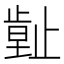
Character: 𣦙